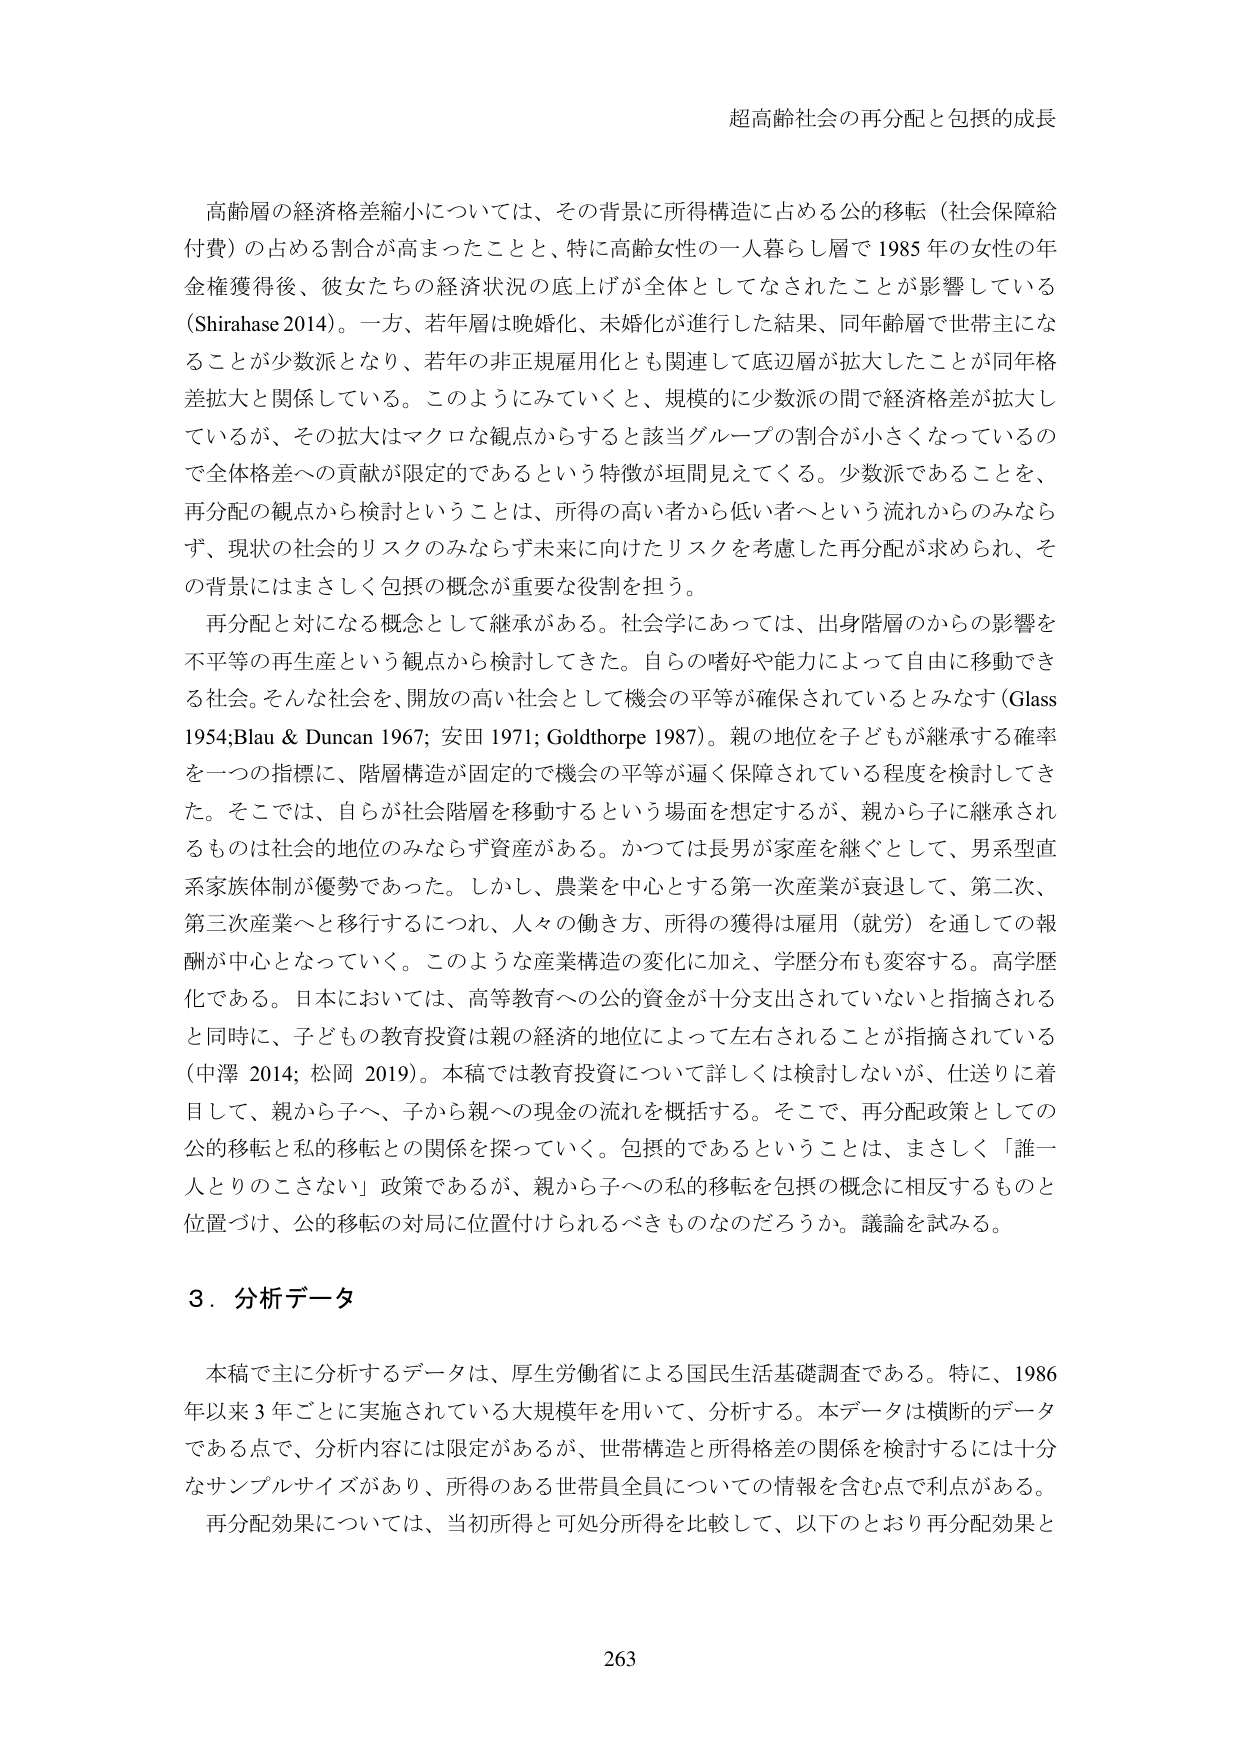
超高齢社会の再分配と包摂的成長

高齢層の経済格差縮小については、その背景に所得構造に占める公的移転（社会保障給付費）の占める割合が高まったことと、特に高齢女性の一人暮らし層で1985年の女性の年金権獲得後、彼女たちの経済状況の底上げが全体としてなされたことが影響している（Shirahase 2014）。一方、若年層は晩婚化、未婚化が進行した結果、同年齢層で世帯主になることが少数派となり、若年の非正規雇用化とも関連して底辺層が拡大したことが同年格差拡大と関係している。このようにみていくと、規模的に少数派の間で経済格差が拡大しているが、その拡大はマクロな観点からすると該当グループの割合が小さくなっているので全体格差への貢献が限定的であるという特徴が垣間見えてくる。少数派であることを、再分配の観点から検討ということは、所得の高い者から低い者へという流れからのみならず、現状の社会的リスクのみならず未来に向けたリスクを考慮した再分配が求められ、その背景にはまさしく包摂の概念が重要な役割を担う。

再分配と対になる概念として継承がある。社会学にあっては、出身階層のからの影響を不平等の再生産という観点から検討してきた。自らの嗜好や能力によって自由に移動できる社会。そんな社会を、開放の高い社会として機会の平等が確保されているとみなす（Glass 1954; Blau & Duncan 1967; 安田 1971; Goldthorpe 1987）。親の地位を子どもが継承する確率を一つの指標に、階層構造が固定的で機会の平等が逼く保障されている程度を検討してきた。そこでは、自らが社会階層を移動するという場面を想定するが、親から子に継承されるものは社会的地位のみならず資産がある。かつては長男が家産を継ぐとして、男系型直系家族体制が優勢であった。しかし、農業を中心とする第一次産業が衰退して、第二次、第三次産業へと移行するにつれ、人々の働き方、所得の獲得は雇用（就労）を通じての報酬が中心となっていく。このような産業構造の変化に加え、学歴分布も変容する。高学歴化である。日本においては、高等教育への公的資金が十分支出されていないと指摘されると同時に、子どもの教育投資は親の経済的地位によって左右されることが指摘されている（中澤 2014; 松岡 2019）。本稿では教育投資について詳しくは検討しないが、仕送りに着目して、親から子へ、子から親への現金の流れを概括する。そこで、再分配政策としての公的移転と私的移転との関係を探っていく。包摂的であるということは、まさしく「誰一人とりのこさない」政策であるが、親から子への私的移転を包摂の概念に相反するものと位置づけ、公的移転の対局に位置付けられるべきものなのだろうか。議論を試みる。

3．分析データ

本稿で主に分析するデータは、厚生労働省による国民生活基礎調査である。特に、1986年以来3年ごとに実施されている大規模年を用いて、分析する。本データは横断的データである点で、分析内容には限定があるが、世帯構造と所得格差の関係を検討するには十分なサンプルサイズがあり、所得のある世帯員全員についての情報を含む点で利点がある。再分配効果については、当初所得と可処分所得を比較して、以下のとおり再分配効果と

263